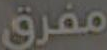
مفرق